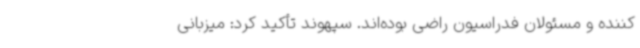
‌کننده و مسئولان فدراسیون راضی بوده‌اند. سپهوند تأکید کرد: میزبانی